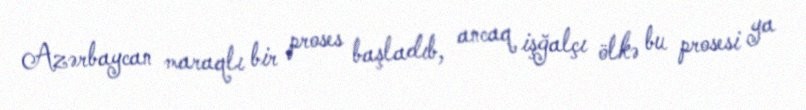
Azərbaycan maraqlı bir proses başladıb, ancaq işğalçı ölkə bu prosesi ya